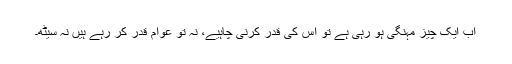
اب ایک چیز مہنگی ہو رہی ہے تو اس کی قدر کرنی چاہیے، نہ تو عوام قدر کر رہے ہیں نہ سیٹھ۔